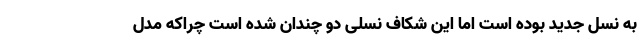
به نسل جدید بوده است اما این شکاف نسلی دو چندان شده است چراکه مدل